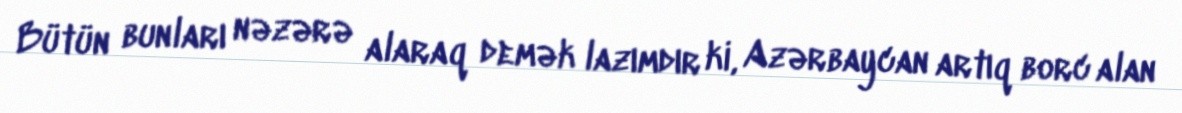
Bütün bunları nəzərə alaraq demək lazımdır ki, Azərbaycan artıq borc alan